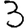
Digit: 3